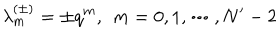
\lambda _ { m } ^ { ( \pm ) } = \pm q ^ { m } , \; \, m = 0 , 1 , \cdots , N ^ { \prime } - 2